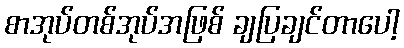
စာအုပ်တစ်အုပ်အဖြစ် ချပြချင်တာပေါ့